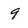
Character: 9